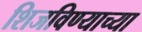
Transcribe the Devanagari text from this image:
शिजविण्याच्या